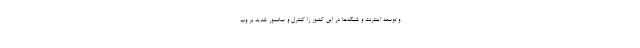
و توسعه اینترنت و شبکه‌ها در این کشور را کنترل و سانسور شدید بر وب